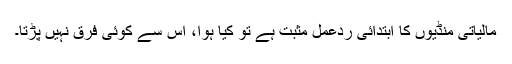
مالیاتی منڈیوں کا ابتدائی ردعمل مثبت ہے تو کیا ہوا، اس سے کوئی فرق نہیں پڑتا۔